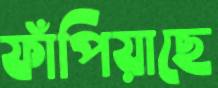
ফাঁপিয়াছে